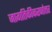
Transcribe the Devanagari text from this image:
जागतिकीकरणोत्तर